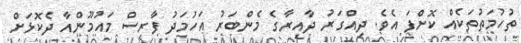
ތުހުމަތުތަކެއް ކޮށްފަ އެވެ. ދިއްގަރު ދާއިރާގެ މެންބަރު އަހުމަދު ފާރިސް މައުމޫންއާ ދެކޮޅަށް